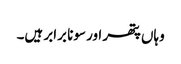
وہاں پتھر اور سونا برابر ہیں۔